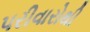
પરીવારોથી